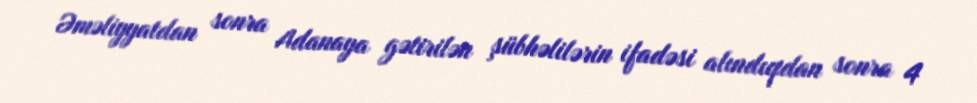
Əməliyyatdan sonra Adanaya gətirilən şübhəlilərin ifadəsi alındıqdan sonra 4